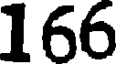
166